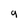
Character: g